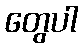
တွေပါ